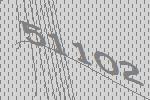
51102